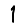
Digit: 1